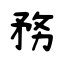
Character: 務